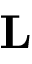
\mathbf { L }